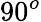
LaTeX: {90^{o}}